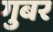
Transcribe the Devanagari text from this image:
गुबर